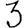
Digit: 3